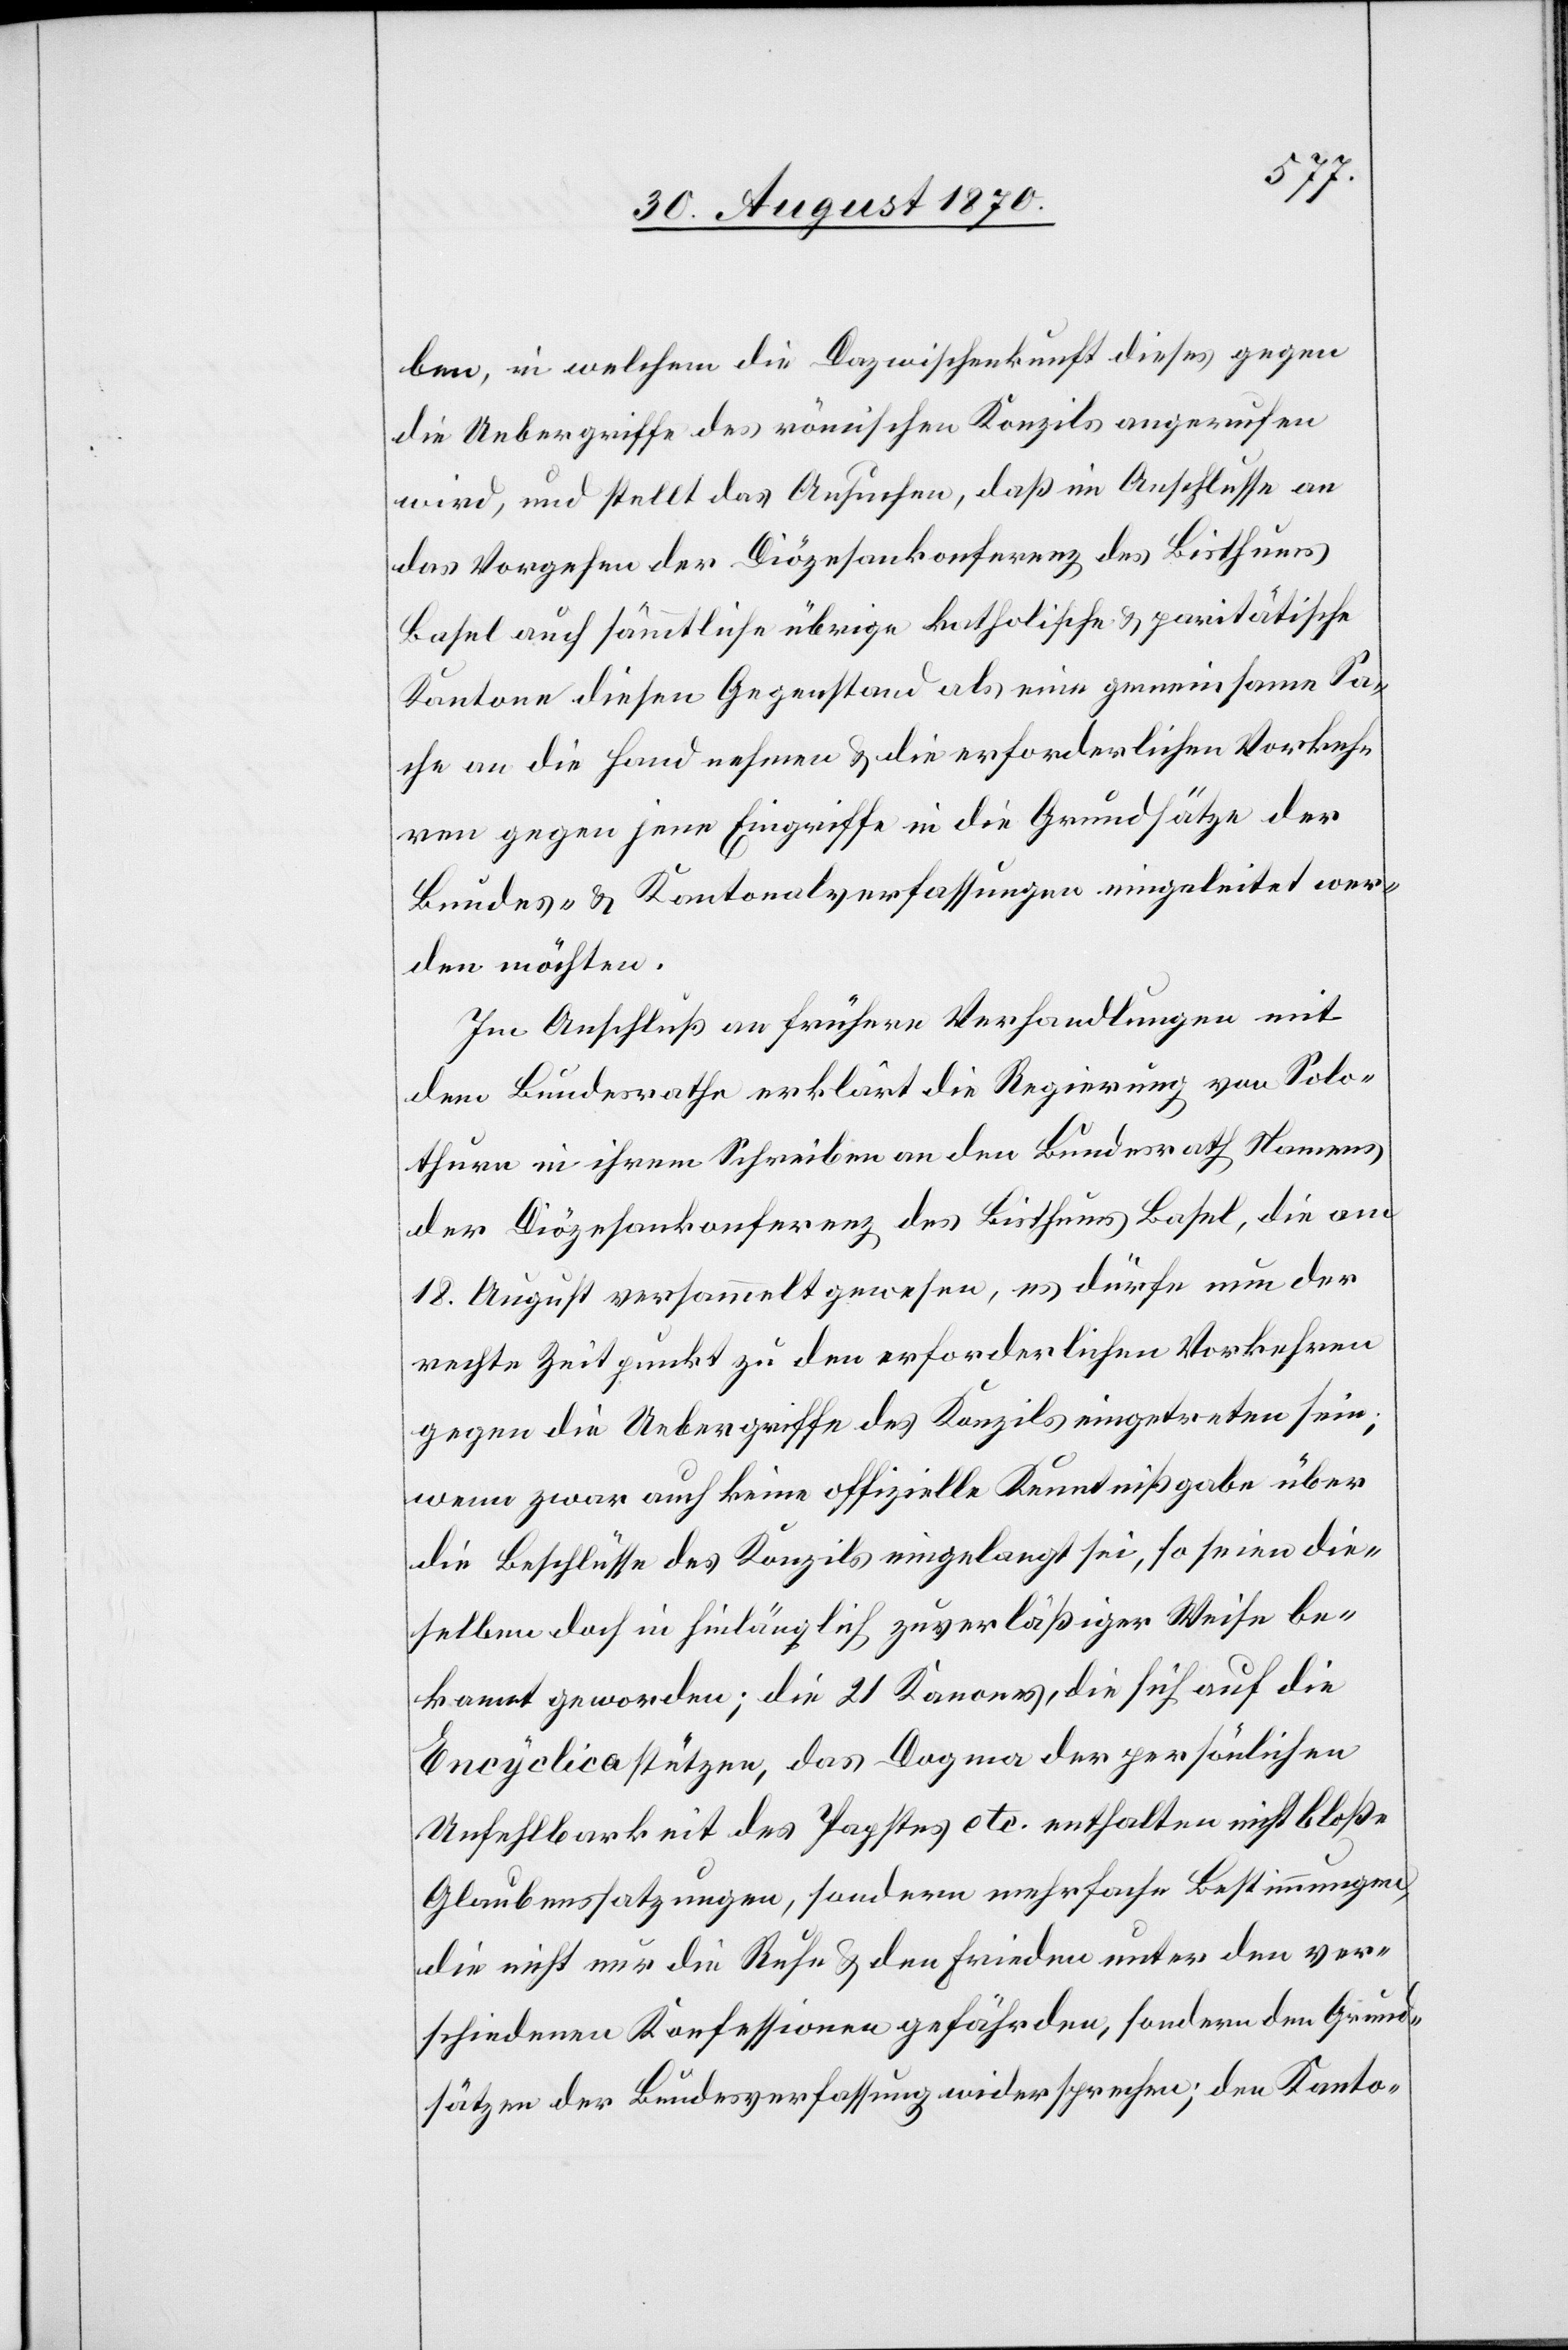
ben, in welchem die Dazwischenkunft dieses gegen
die Uebergriffe des römischen Konzils angerufen
wird, und stellt das Ansuchen, daß im Anschlusse an
das Vorgehen der Diözesankonferenz des Bisthums
Basel auch sämmtliche übrige katholische & paritätische
Kantone diesen Gegenstand als eine gemeinsame Sa¬
che an die Hand nehmen & die erforderlichen Vorkeh¬
ren gegen jene Eingriffe in die Grundsätze der
Bundes- & Kantonalverfassungen eingeleitet wer¬
den möchten.
Im Anschluß an frühere Verhandlungen mit
dem Bundesrathe erklärt die Regierung von Solo¬
thurn in ihrem Schreiben an den Bundesrath Namens
der Diözesankonferenz des Bisthums Basel, die am
18. August versammelt gewesen, es dürfe [sic!] nun der
rechte Zeitpunkt zu den erforderlichen Vorkehren
gegen die Uebergriffe des Konzils eingetreten sein,
wenn war auch keine offizielle Kenntnißgabe über
die Beschlüsse des Konzils eingelangt sei, so seien die¬
selben doch in hinlänglich zuverläßiger Weise be¬
kannt geworden; die 21 Kantone, die sich auf die
Encyclica stützen, das Dogma der persönlichen
Unfehlbarkeit des Papstes etc. enthalten nicht bloße
Glaubenssatzungen, sondern mehrfache Bestimmungen,
die nicht nur die Ruhe & den Frieden unter den ver¬
schiedenen Konfessionen gefährden, sondern den Grund¬
sätzen der Bundesverfassung widersprechen; den Kanto-